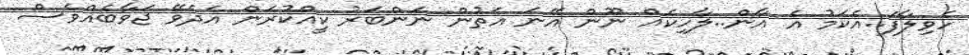
ހެވިލާފަ..އެކަމު އެ އާން..ލާހިކެއް ނޫން އޭނަ އަތުން ނަންބަރު ކީއްކުރަން އެދެވޭ ޖަވާބެއްވެސް